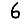
Digit: 6